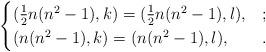
LaTeX: \begin{align*}\begin{cases}(\frac{1}{2}n(n^2-1),k)=(\frac{1}{2}n(n^2-1),l),&;\\(n(n^2-1),k)=(n(n^2-1),l),&.\end{cases}\end{align*}